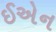
ઈએન